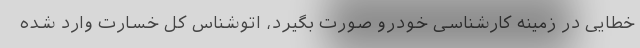
خطایی در زمینه کارشناسی خودرو صورت بگیرد، اتوشناس کل خسارت وارد شده